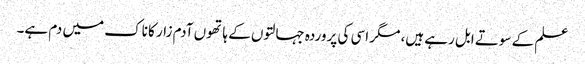
علم کے سوتے ابل رہے ہیں، مگر اسی کی پروردہ جہالتوں کے ہاتھوں آدم زار کا ناک میں دم ہے۔